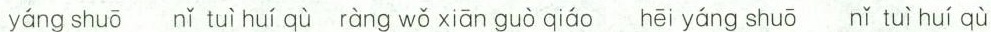
yáng shuō nǐ tuì huí qù ràng wǒ xiān guò qiáo hēi yáng shuō nǐ tuì huí qù